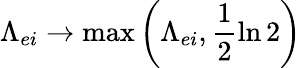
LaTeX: \Lambda_{ei}\rightarrow\operatorname*{max}{\left(\Lambda_{ei},\frac{1}{2}\ln{2}\right)}